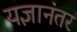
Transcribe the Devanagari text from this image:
यज्ञानंतर